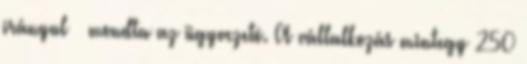
irányul – mondta az ügyvezetô. A vállalkozás mintegy 250